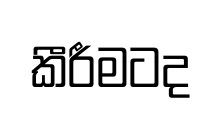
කීරීමටද